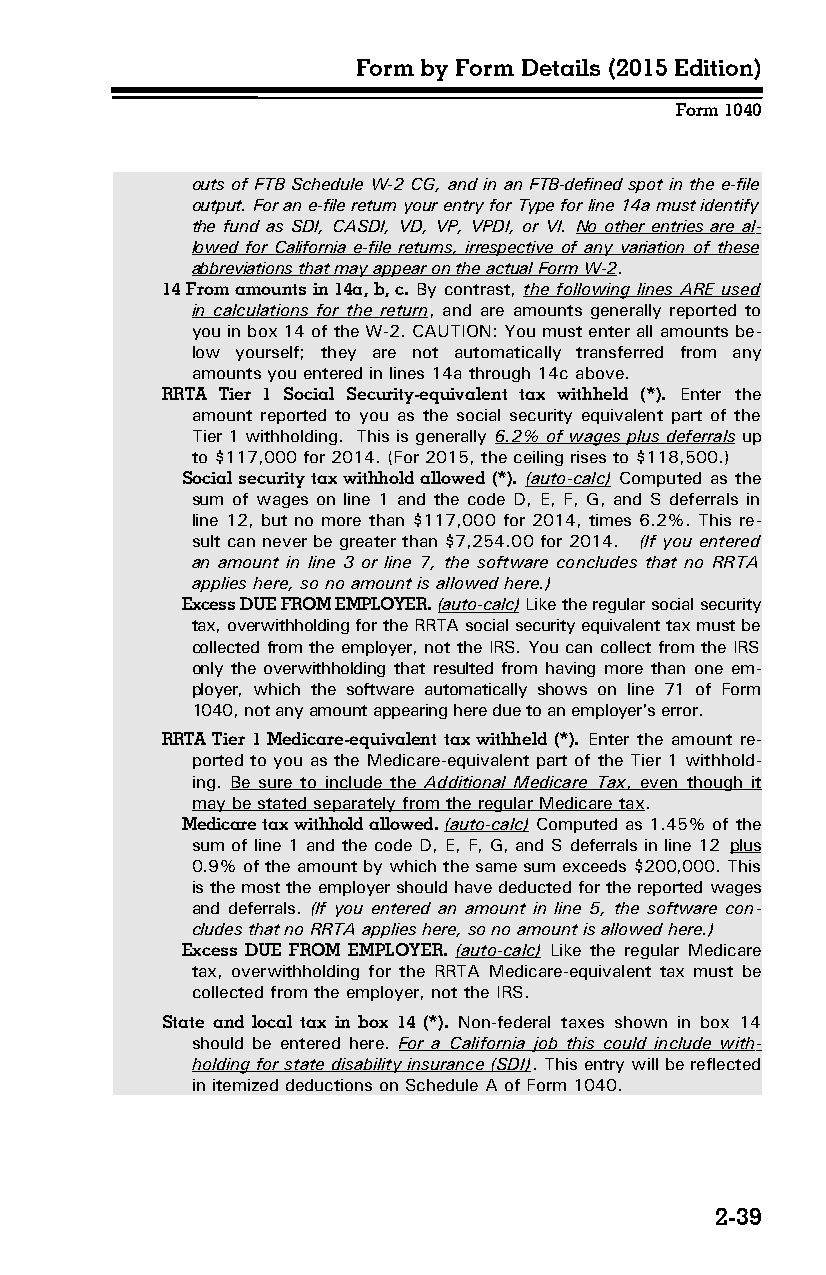
Form by Form Details (2015 Edition)
 Form 1040
 outs of FTB Schedule W-2 CG, and in an FTB-defined spot in the e-file
 output. For an e-file return your entry for Type for line 14a must identify
 the fund as SDI, CASDI, VD, VP, VPDI, or VI. No other entries are al­
 lowed for California e-file returns, irrespective of any variation of these
 abbreviations that may appear on the actual Form W-2.
 14 From amounts in 14a, b, c. By contrast, the following lines ARE used
 in calculations for the return, and are amounts generally reported to
 you in box 14 of the W-2. CAUTION: You must enter all amounts be­
 low yourself; they are not automatically transferred from any
 amounts you entered in lines 14a through 14c above.
 RRTA Tier 1 Social Security-equivalent tax withheld (*). Enter the
 amount reported to you as the social security equivalent part of the
 Tier 1 withholding. This is generally 6.2% of wages plus deferrals up
 to $117,000 for 2014. (For 2015, the ceiling rises to $118,500.)
 Social security tax withhold allowed (*). (auto-calc) Computed as the
 sum of wages on line 1 and the code D, E, F, G, and S deferrals in
 line 12, but no more than $117,000 for 2014, times 6.2%. This re­
 sult can never be greater than $7,254.00 for 2014. (If you entered
 an amount in line 3 or line 7, the software concludes that no RRTA
 applies here, so no amount is allowed here.)
 Excess DUE FROM EMPLOYER. (auto-calc) Like the regular social security
 tax, overwithholding for the RRTA social security equivalent tax must be
 collected from the employer, not the IRS. You can collect from the IRS
 only the overwithholding that resulted from having more than one em­
 ployer, which the software automatically shows on line 71 of Form
 1040, not any amount appearing here due to an employer's error.
 RRTA Tier 1 Medicare-equivalent tax withheld (*). Enter the amount re­
 ported to you as the Medicare-equivalent part of the Tier 1 withhold­
 ing. Be sure to include the Additional Medicare Tax , even though it
 may be stated separately from the regular Medicare tax.
 Medicare tax withhold allowed. (auto-calc) Computed as 1.45% of the
 sum of line 1 and the code D, E, F, G, and S deferrals in line 12 plus
 0.9% of the amount by which the same sum exceeds $200,000. This
 is the most the employer should have deducted for the reported wages
 and deferrals. (If you entered an amount in line 5, the software con­
 cludes that no RRTA applies here, so no amount is allowed here.)
 Excess DUE FROM EMPLOYER. (auto-calc) Like the regular Medicare
 tax, overwithholding for the RRTA Medicare-equivalent tax must be
 collected from the employer, not the IRS.
 State and local tax in box 14 (*). Non-federal taxes shown in box 14
 should be entered here. For a California job this could include with­
 holding for state disability insurance (SDI). This entry will be reflected
 in itemized deductions on Schedule A of Form 1040.
 2-39